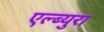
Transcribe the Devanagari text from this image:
एल्ब्युरा